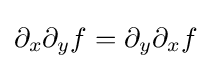
\partial _{x}\partial _{y}f=\partial _{y}\partial _{x}f